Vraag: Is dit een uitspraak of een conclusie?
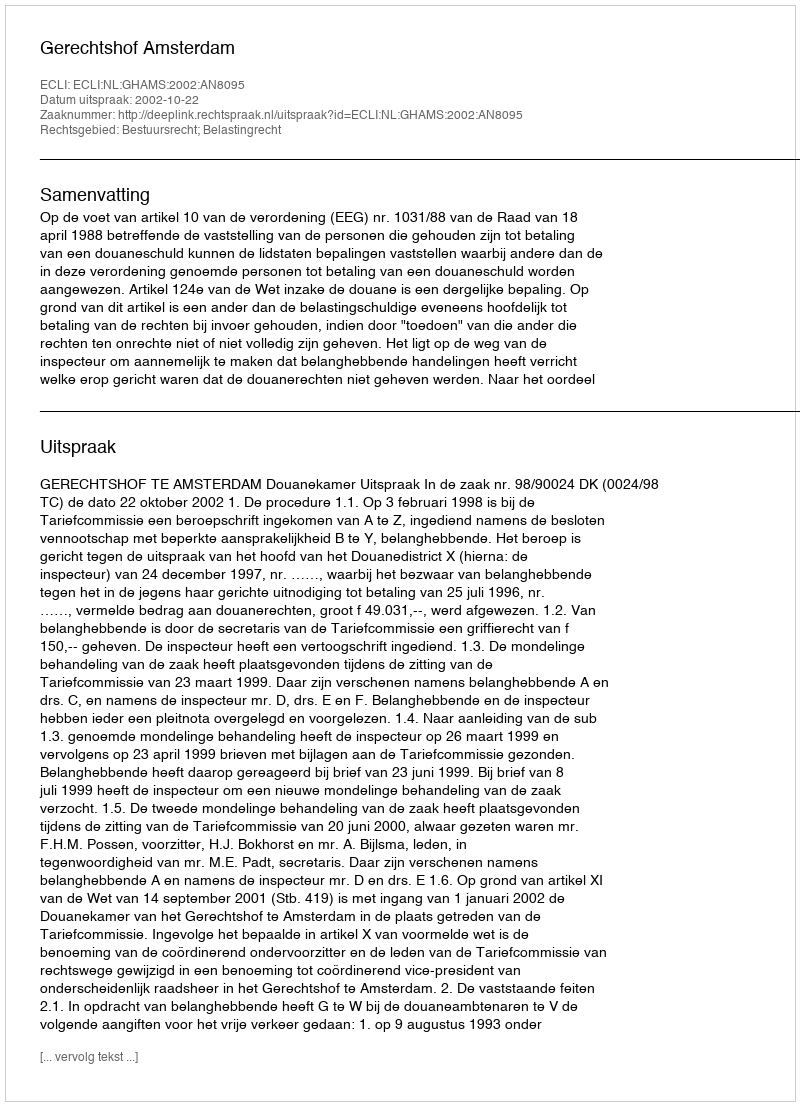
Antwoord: Uitspraak